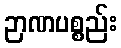
ဉာဏပစ္စည်း